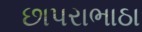
છાપરાભાઠા